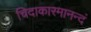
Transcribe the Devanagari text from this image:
चिदाकारमानन्दं